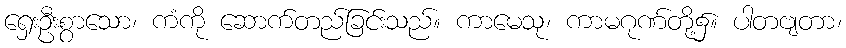
ရှေးဦးစွာသော၊ ကံကို ဆောက်တည်ခြင်းသည်။ ကာမေသု၊ ကာမဂုဏ်တို့၌။ ပါတဗျတာ၊